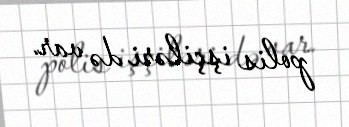
polis işçiləri də var.